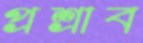
প্রশ্রাব